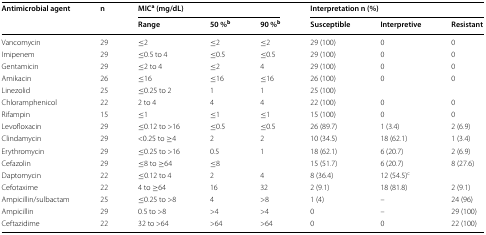
<table><thead><tr><td rowspan="2"><b>Antimicrobial agent</b></td><td rowspan="2"><b>n</b></td><td colspan="3"><b>MIC<sup>a</sup> (mg/dL)</b></td><td colspan="3"><b>Interpretation n (%)</b></td></tr><tr><td><b>Range</b></td><td><b>50 %<sup>b</sup></b></td><td><b>90 %<sup>b</sup></b></td><td><b>Susceptible</b></td><td><b>Interpretive</b></td><td><b>Resistant</b></td></tr></thead><tbody><tr><td>Vancomycin</td><td>29</td><td>≤2</td><td>≤2</td><td>≤2</td><td>29 (100)</td><td>0</td><td>0</td></tr><tr><td>Imipenem</td><td>29</td><td>≤0.5 to 4</td><td>≤0.5</td><td>≤0.5</td><td>29 (100)</td><td>0</td><td>0</td></tr><tr><td>Gentamicin</td><td>29</td><td>≤2 to 4</td><td>≤2</td><td>4</td><td>29 (100)</td><td>0</td><td>0</td></tr><tr><td>Amikacin</td><td>26</td><td>≤16</td><td>≤16</td><td>≤16</td><td>26 (100)</td><td>0</td><td>0</td></tr><tr><td>Linezolid</td><td>25</td><td>≤0.25 to 2</td><td>1</td><td>1</td><td>25 (100)</td><td></td><td></td></tr><tr><td>Chloramphenicol</td><td>22</td><td>2 to 4</td><td>4</td><td>4</td><td>22 (100)</td><td>0</td><td>0</td></tr><tr><td>Rifampin</td><td>15</td><td>≤1</td><td>≤1</td><td>≤1</td><td>15 (100)</td><td>0</td><td>0</td></tr><tr><td>Levofloxacin</td><td>29</td><td>≤0.12 to &gt;16</td><td>≤0.5</td><td>≤0.5</td><td>26 (89.7)</td><td>1 (3.4)</td><td>2 (6.9)</td></tr><tr><td>Clindamycin</td><td>29</td><td>&lt;0.25 to ≥4</td><td>2</td><td>2</td><td>10 (34.5)</td><td>18 (62.1)</td><td>1 (3.4)</td></tr><tr><td>Erythromycin</td><td>29</td><td>≤0.25 to &gt;16</td><td>0.5</td><td>1</td><td>18 (62.1)</td><td>6 (20.7)</td><td>2 (6.9)</td></tr><tr><td>Cefazolin</td><td>29</td><td>≤8 to ≥64</td><td>≤8</td><td></td><td>15 (51.7)</td><td>6 (20.7)</td><td>8 (27.6)</td></tr><tr><td>Daptomycin</td><td>22</td><td>≤0.12 to 4</td><td>2</td><td>4</td><td>8 (36.4)</td><td>12 (54.5)<sup>c</sup></td><td></td></tr><tr><td>Cefotaxime</td><td>22</td><td>4 to ≥64</td><td>16</td><td>32</td><td>2 (9.1)</td><td>18 (81.8)</td><td>2 (9.1)</td></tr><tr><td>Ampicillin/sulbactam</td><td>25</td><td>≤0.25 to &gt;8</td><td>4</td><td>&gt;8</td><td>1 (4)</td><td>–</td><td>24 (96)</td></tr><tr><td>Ampicillin</td><td>29</td><td>0.5 to &gt;8</td><td>&gt;4</td><td>&gt;4</td><td>0</td><td>–</td><td>29 (100)</td></tr><tr><td>Ceftazidime</td><td>22</td><td>32 to &gt;64</td><td>&gt;64</td><td>&gt;64</td><td>0</td><td>0</td><td>22 (100)</td></tr></tbody></table>